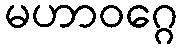
မဟာဝဂ္ဂေ